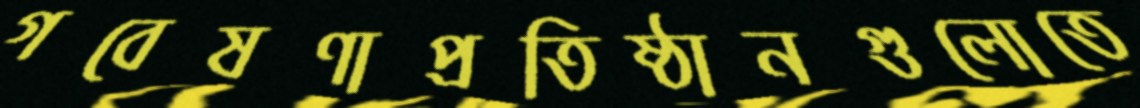
গবেষণাপ্রতিষ্ঠানগুলোতে